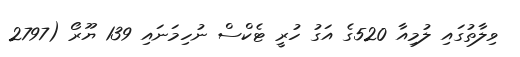
ވިލާތުގައި ލުމިއާ 520ގެ އަގު ހުރީ ޓެކްސް ނުހިމަނައި 139 ޔޫރޯ (2797